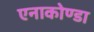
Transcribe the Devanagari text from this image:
एनाकोण्डा